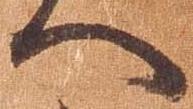
へ